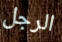
الرجل